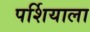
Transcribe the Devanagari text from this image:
पर्शियाला